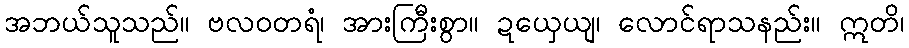
အဘယ်သူသည်။ ဗလဝတရံ၊ အားကြီးစွာ။ ဍယှေယျ၊ လောင်ရာသနည်း။ ဣတိ၊